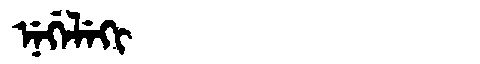
Manchu: ᠨᡝᡤᡝᠯᡝᡴᡳ
Romanization: NEGELEKI